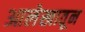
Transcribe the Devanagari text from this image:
आलेखातून